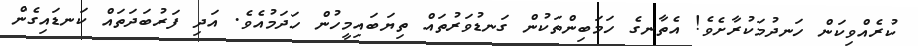
ކުރެއްވިކަން ހަނދުމަކުރާށެވެ! އެތާނގެ ހަމަބިންތަކުން ގަނޑުވަރުތައް ތިޔަބައިމީހުން ހަދަމުއެވެ. އަދި ފަރުބަދަތައް ކަނޑައިގެން